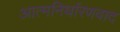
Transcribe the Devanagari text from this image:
आत्मनिर्धारणवाद